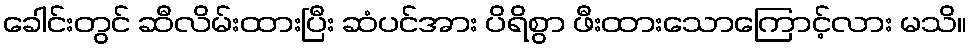
ခေါင်းတွင် ဆီလိမ်းထားပြီး ဆံပင်အား ပိရိစွာ ဖီးထားသောကြောင့်လား မသိ။